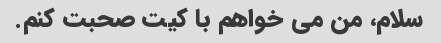
سلام، من می خواهم با کیت صحبت کنم.